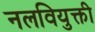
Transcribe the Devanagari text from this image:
नलवियुक्ती